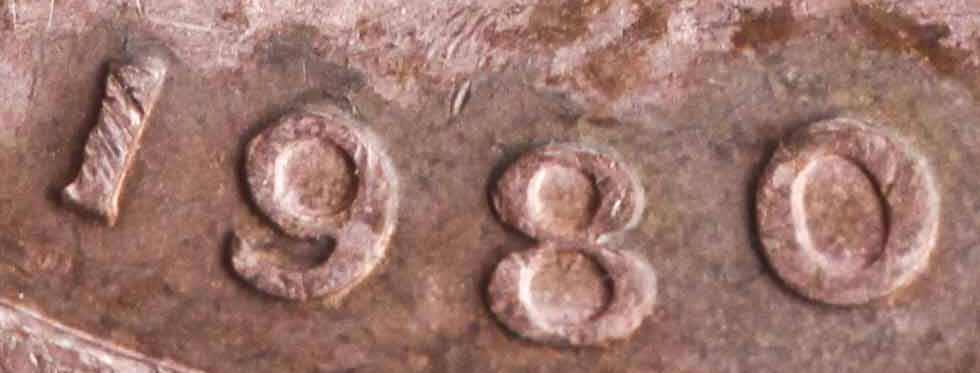
1980